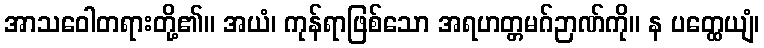
အာသဝေါတရားတို့၏။ အယံ၊ ကုန်ရာဖြစ်သော အရဟတ္တမဂ်ဉာဏ်ကို။ န ပတ္ထေယျံ၊